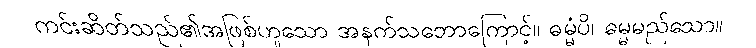
ကင်းဆိတ်သည်၏အဖြစ်ဟူသော အနက်သဘောကြောင့်။ ဓမ္မံပိ၊ ဓမ္မမည်သော။